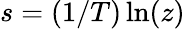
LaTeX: s=(1/T)\ln(z)